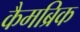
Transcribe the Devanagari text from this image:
कैमब्रिक